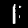
Label: 1